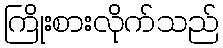
ကြိုးစားလိုက်သည်